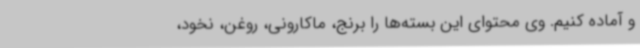
و آماده کنیم. وی محتوای این بسته‌ها را برنج، ماکارونی، روغن، نخود،